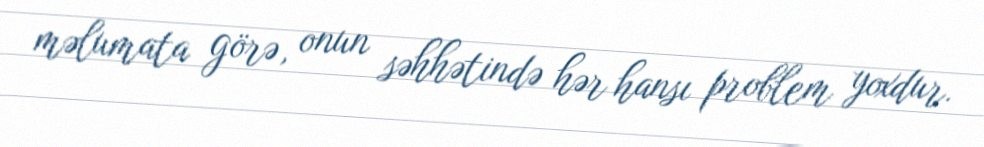
məlumata görə, onun səhhətində hər hansı problem yoxdur.